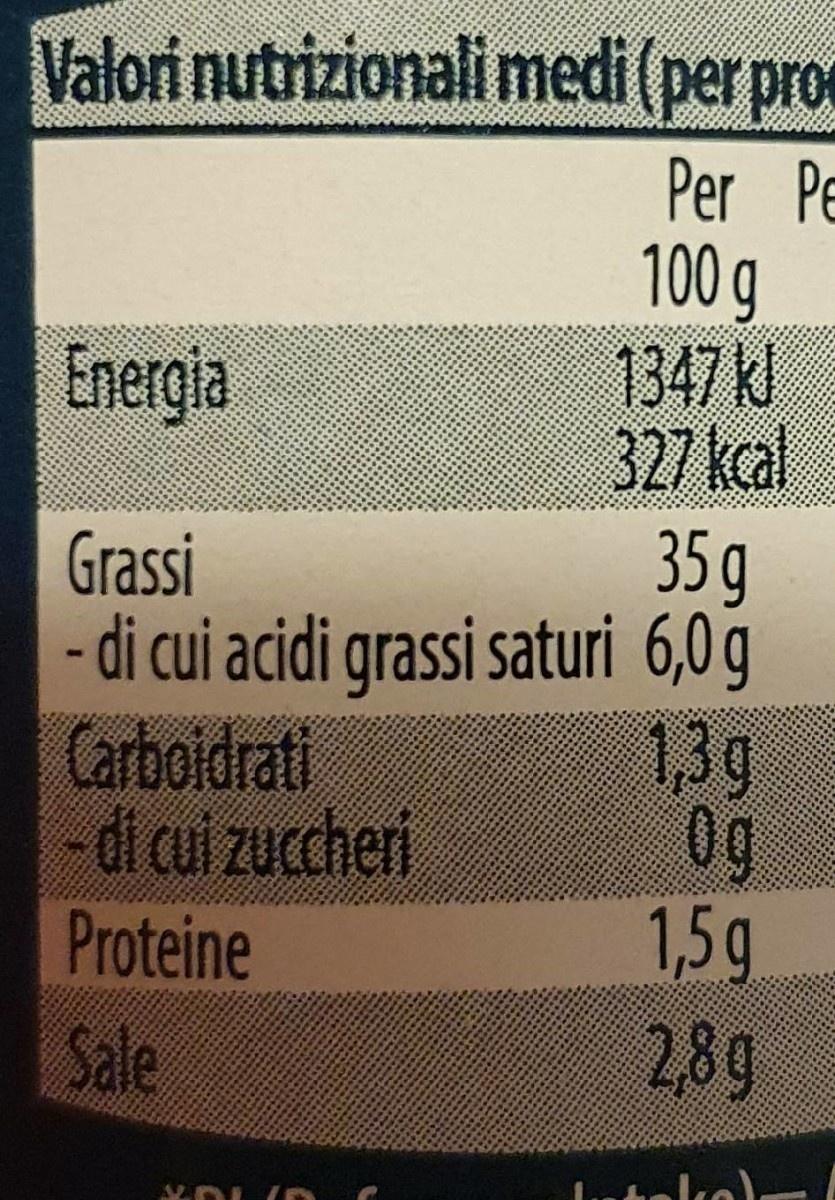
Valori nutrizionali medi (per pro
Per PE 100 g 1347 kl 327 kcal 35 g - di cui acidi grassi saturi 6,0g 1,3g 0g 1,5g 2,8g
Energia
Grassi
Carboidrati - di cui zuccheri Proteine
Sale